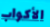
الأكواب